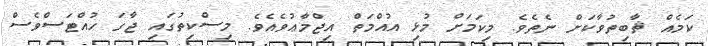
ކަމެއް ޘާބިތުވާކަށް ނެތެވެ. މިކަމަށް މުޅި އުއްމަތް އިޖްމާޢުވެއެވެ. މިސްކިތުގައި ޖާގަ ހުއްޓަސްވެސް